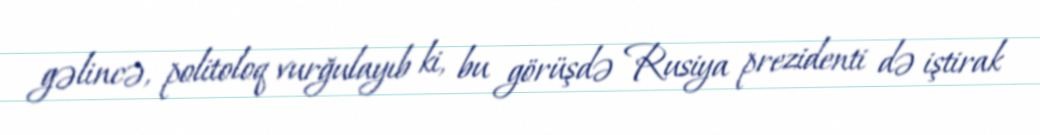
gəlincə, politoloq vurğulayıb ki, bu görüşdə Rusiya prezidenti də iştirak